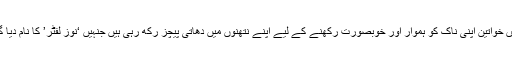
ایشیا میں خواتین اپنی ناک کو ہموار اور خوبصورت رکھنے کے لیے اپنے نتھنوں میں دھاتی پیچز رکھ رہی ہیں جنہیں ‘نوز لفٹر’ کا نام دیا گیا ہے ۔